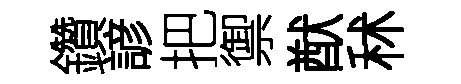
鑽諺把禦猷秫